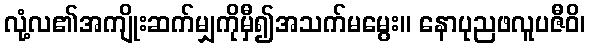
လုံ့လ၏အကျိုးဆက်မျှကိုမှီ၍အသက်မမွေး။ နောပုညဖလူပဇီဝိ၊